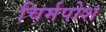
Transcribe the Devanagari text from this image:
चिर्मपोश